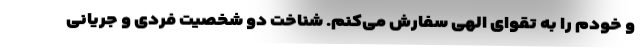
و خودم را به تقوای الهی سفارش می‌کنم. شناخت دو شخصیت فردی و جریانیِ